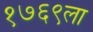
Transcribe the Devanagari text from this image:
१७६९ला